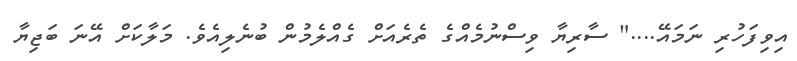
އިވިފަހުރި ނަމައޭ...." ސާރިޔާ ވިސްނުމެއްގެ ތެރެއަށް ގެއްލެމުން ބުނެލިއެވެ. މަލާކަށް އޭނަ ބަޖިޔާ